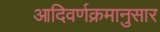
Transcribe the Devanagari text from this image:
आदिवर्णक्रमानुसार